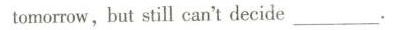
tomorrow,but still can't decide___.